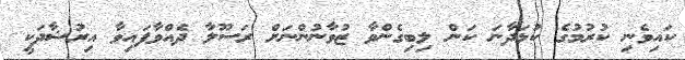
ކައިވެނި ކުރުމުގެ ކުޅަދާނަ ކަން ލިބިގެންވާ ޒުވާނުންނަށް ރަސޫލާ ދެއްވާފައިވާ އިރުޝާދަކީ